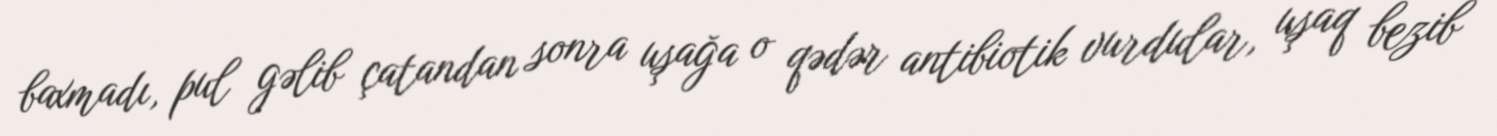
baxmadı, pul gəlib çatandan sonra uşağa o qədər antibiotik vurdular, uşaq bezib